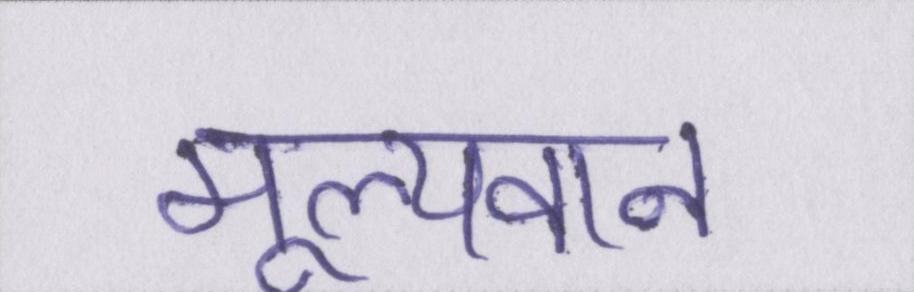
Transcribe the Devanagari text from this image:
मूल्यवान